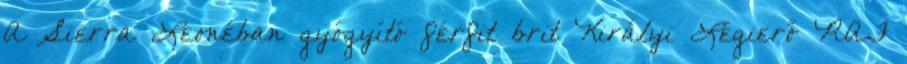
A Sierra Leonéban gyógyító férfit brit Királyi Légierő RAF